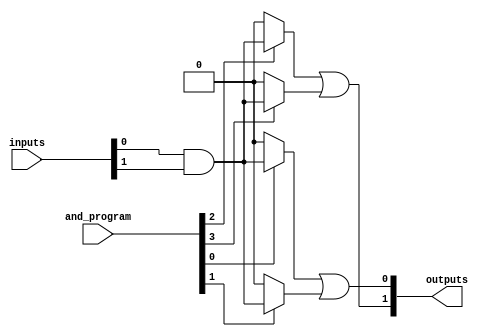
module PAL #(
    parameter NUM_INPUTS = 4,      // Number of input lines
    parameter NUM_AND_GATES = 4,    // Number of AND gates
    parameter NUM_OUTPUTS = 2        // Number of output lines
) (
    input wire [NUM_INPUTS-1:0] inputs,  // Input lines
    input wire [NUM_AND_GATES-1:0] and_program, // Programming inputs for AND gates
    output wire [NUM_OUTPUTS-1:0] outputs // Output lines
);

    wire [NUM_AND_GATES-1:0] and_outputs; // Outputs of the AND gates

    // Programmable AND Array
    genvar i;
    generate
        for (i = 0; i < NUM_AND_GATES; i = i + 1) begin : and_array
            assign and_outputs[i] = 
                (and_program[i] == 1'b1) ? (inputs[0] & inputs[1]) : 1'b0; // Example AND condition
            // You can extend this based on the programmed connections
        end
    endgenerate

    // Fixed OR Array
    assign outputs[0] = and_outputs[0] | and_outputs[1]; // Example OR logic
    assign outputs[1] = and_outputs[2] | and_outputs[3]; // Example OR logic

endmodule